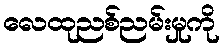
လေထုညစ်ညမ်းမှုကို